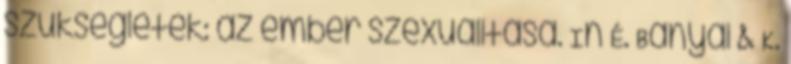
szükségletek: az ember szexualitása. In É. Bányai & K.